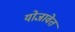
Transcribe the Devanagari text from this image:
योजावेत